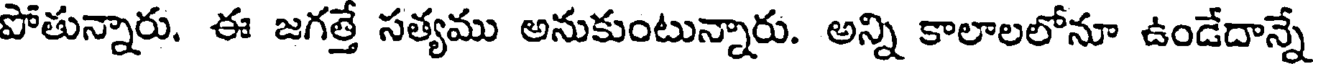
పోతున్నారు. ఈ జగత్తే సత్యము అనుకుంటున్నారు. అన్ని కాలాలలోనూ ఉండేదాన్నే